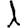
Digit: 1